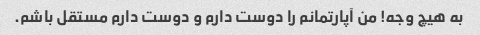
به هیچ وجه! من آپارتمانم را دوست دارم و دوست دارم مستقل باشم.